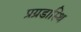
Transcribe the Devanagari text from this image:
प्रग्रडास्थि